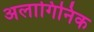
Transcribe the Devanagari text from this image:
अलागिनिक